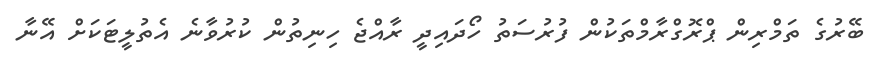
ބޭރުގެ ތަމްރިން ޕްރޮގްރާމްތަކުން ފުރުސަތު ހޯދައިދީ ރާއްޖެ ހިނިތުން ކުރުވާނެ އެތުލީޓަކަށް އޭނާ